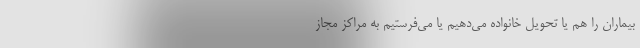
بیماران را هم یا تحویل خانواده می‌دهیم یا می‌فرستیم به مراکز مجاز